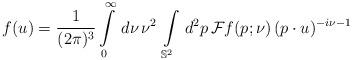
LaTeX: \begin{align*}f(u) = \frac{1}{(2\pi)^3} \int \limits_{0}^{\infty} \,d \nu \, \nu^2 \, \int \limits_{\mathbb{S}^2} \, d^2 p \,\mathcal{F}f(p;\nu) \, (p \cdot u)^{-i\nu-1}\end{align*}